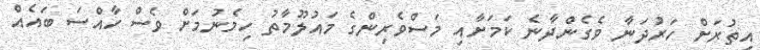
އިތުރަށް ހަރުދަނާ ވެގެންދާނެ ކަމަށާއި މަސްވެރިންގެ މައުލޫމާތު ހިމެނުމަށް ވެސް ހާއްސަ ބައެއް